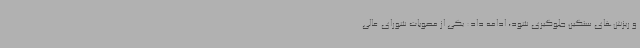
و ریزش‌های سنگین جلوگیری شود، ادامه داد: یکی از مصوبات شورای عالی